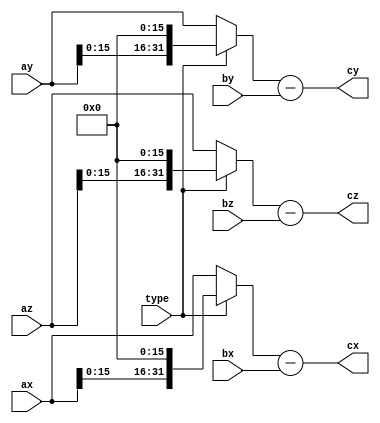
module sub_v(type,ax,ay,az,bx,by,bz,cx,cy,cz);
input type;
input [31:0]ax,ay,az,bx,by,bz;
output [31:0]cx,cy,cz;


	assign cx[31:0]=(type?{ax[15:0],16'd0}:ax[31:0])-bx[31:0];
	assign cy[31:0]=(type?{ay[15:0],16'd0}:ay[31:0])-by[31:0];
	assign cz[31:0]=(type?{az[15:0],16'd0}:az[31:0])-bz[31:0];
	
endmodule
module dot_v(ax,ay,az,bx,by,bz,cdot);
input [31:0]ax,ay,az,bx,by,bz;
output [63:0]cdot;


mult_add mult_add_inst
(
	.dataa_0(ax[31:0]) ,	// input [31:0] dataa_0_sig
	.dataa_1(ay[31:0]) ,	// input [31:0] dataa_1_sig
	.dataa_2(az[31:0]) ,	// input [31:0] dataa_2_sig
	.datab_0(bx[31:0]) ,	// input [31:0] datab_0_sig
	.datab_1(by[31:0]) ,	// input [31:0] datab_1_sig
	.datab_2(bz[31:0]) ,	// input [31:0] datab_2_sig
	.result(cdot[63:0]) 	// output [65:0] result_sig
);


endmodule